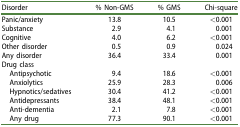
<table><thead><tr><td><b>Disorder</b></td><td><b>% Non-GMS</b></td><td><b>% GMS</b></td><td><b>Chi-square</b></td></tr></thead><tbody><tr><td>Panic/anxiety</td><td>13.8</td><td>10.5</td><td>&lt;0.001</td></tr><tr><td>Substance</td><td>2.9</td><td>4.1</td><td>0.001</td></tr><tr><td>Cognitive</td><td>4.0</td><td>6.2</td><td>&lt;0.001</td></tr><tr><td>Other disorder</td><td>0.5</td><td>0.9</td><td>0.024</td></tr><tr><td>Any disorder</td><td>36.4</td><td>33.4</td><td>0.001</td></tr><tr><td colspan="4">Drug class</td></tr><tr><td> Antipsychotic</td><td>9.4</td><td>18.6</td><td>&lt;0.001</td></tr><tr><td> Anxiolytics</td><td>25.9</td><td>28.3</td><td>0.006</td></tr><tr><td> Hypnotics/sedatives</td><td>30.4</td><td>41.2</td><td>&lt;0.001</td></tr><tr><td> Antidepressants</td><td>38.4</td><td>48.1</td><td>&lt;0.001</td></tr><tr><td> Anti-dementia</td><td>2.1</td><td>7.8</td><td>&lt;0.001</td></tr><tr><td> Any drug</td><td>77.3</td><td>90.1</td><td>&lt;0.001</td></tr></tbody></table>